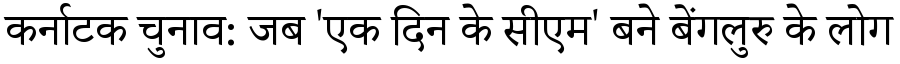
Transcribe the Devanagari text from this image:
कर्नाटक चुनाव: जब 'एक दिन के सीएम' बने बेंगलुरु के लोग